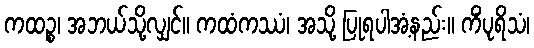
ကထဉ္စ၊ အဘယ်သို့လျှင်။ ကထံကဿံ၊ အသို့ ပြုရပါအံ့နည်း။ ကိံပုရိသံ၊